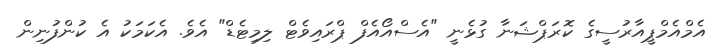
އެމްއެމްޕީއާރުސީގެ ކޮރަޕްޝަނާ ގުޅެނީ "އެސްއޯއެފް ޕްރައިވެޓް ލިމިޓެޑް" އެވެ. އެކަމަކު އެ ކުންފުނިން